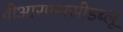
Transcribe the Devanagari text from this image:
वीआरएससीडब्लू